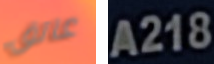
عاتق A218